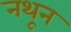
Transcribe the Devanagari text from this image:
नथून